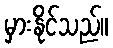
မှားနိုင်သည်။